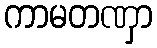
ကာမတဏှာ